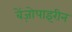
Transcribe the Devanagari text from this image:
बेंज़ोपाइरीन